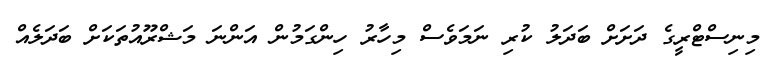
މިނިސްޓްރީގެ ދަށަށް ބަދަލު ކުރި ނަމަވެސް މިހާރު ހިންގަމުން އަންނަ މަޝްރޫއުތަކަށް ބަދަލެއް